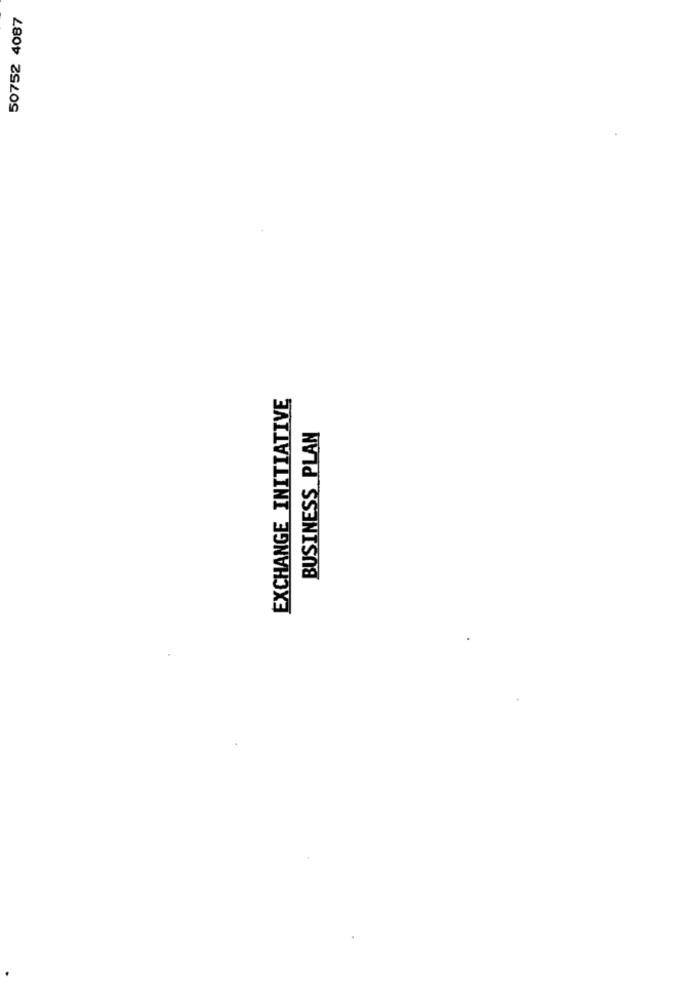
50752 4087
EXCHANGE INITIATIVE
BUSINESS PLAN